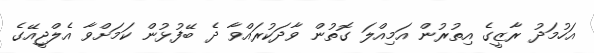
އަހުމަދު ރާޒީގެ އިތުރުން އަމިއްލަ ގޮތުން ވާދަކުރައްވާ ދެ ބޭފުޅުން ކަމަށްވާ އެލްޖީއޭގެ